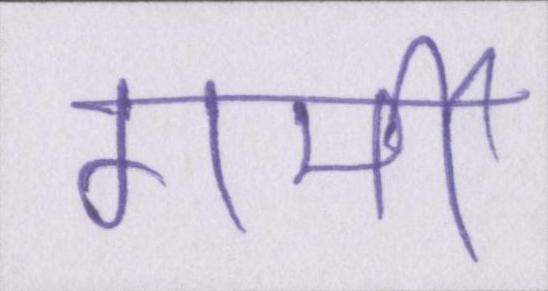
गर्मी